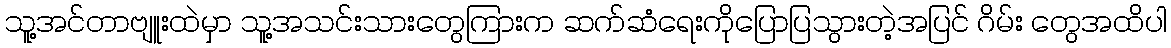
သူ့အင်တာဗျူးထဲမှာ သူ့အသင်းသားတွေကြားက ဆက်ဆံရေးကိုပြောပြသွားတဲ့အပြင် ဂိမ်း တွေအထိပါ